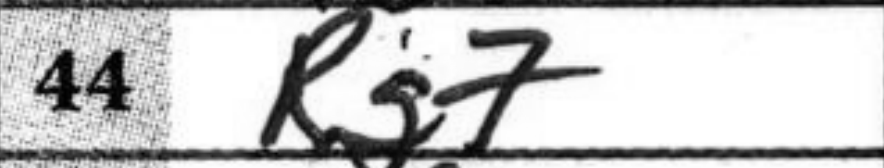
Transcription: Rg7